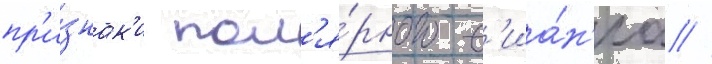
пр'и́знак'и пол'я́рного с'иа́н'иа //